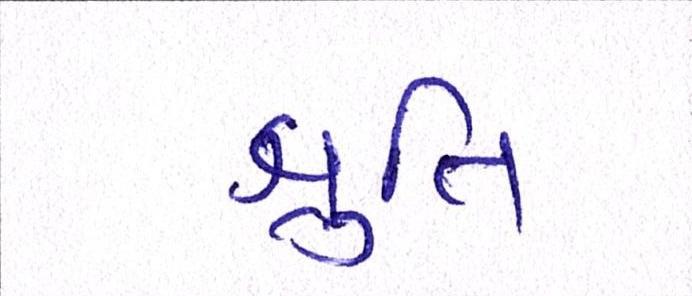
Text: શ્રુતિ